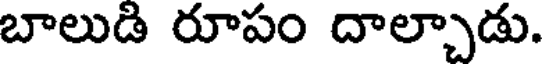
బాలుడి రూపం దాల్చాడు.